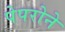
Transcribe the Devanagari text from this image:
पेपरोने